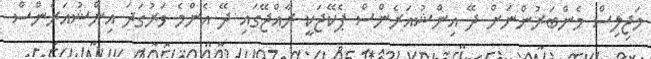
މަޖިލިސް މެންބަރުންނަށް ދޭ އިންޝުއަރެންސް ޕެކޭޖަކީ ރާއްޖޭގައި ދޭ އެންމެ ވަރުގަދަ އިންޝުއަރެންސް